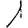
Digit: 1